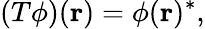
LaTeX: (T\phi)({\mathbf{r}})=\phi({\mathbf{r}})^{*},